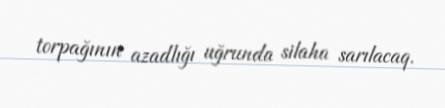
torpağının azadlığı uğrunda silaha sarılacaq.